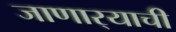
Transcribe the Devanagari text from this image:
जाणार्‍याची